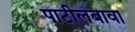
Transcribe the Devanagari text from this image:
पाटीलबावा